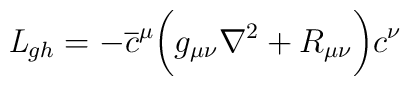
{\it L}_{gh} = - \overline c^\mu \biggl(g_{\mu \nu } \nabla^2 + R_{\mu \nu } \biggr) c^\nu